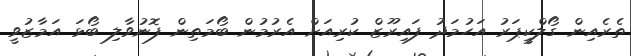
ތެރެއިން ގޯލްކީޕަރު އަހުމަދު ފައިރޫޒް ކުރިއަށް އެރުމުން ބޯމަތިން ފޮނުވާލި ބޯޅަ އަމާޒުވީ